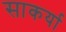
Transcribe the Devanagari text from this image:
साकर्या